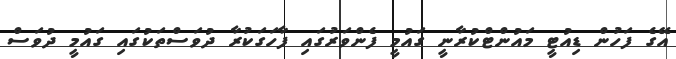
އޭގެ ފަހުން ޑިއުޓީ މައުންޓްކުރާނީ ގައުމީ ފެންވަރުގައި ފާހަގަކުރާ ދުވަސްތަކުގައި ގައުމީ ދުވަސް